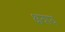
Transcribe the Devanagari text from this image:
क्षयाय